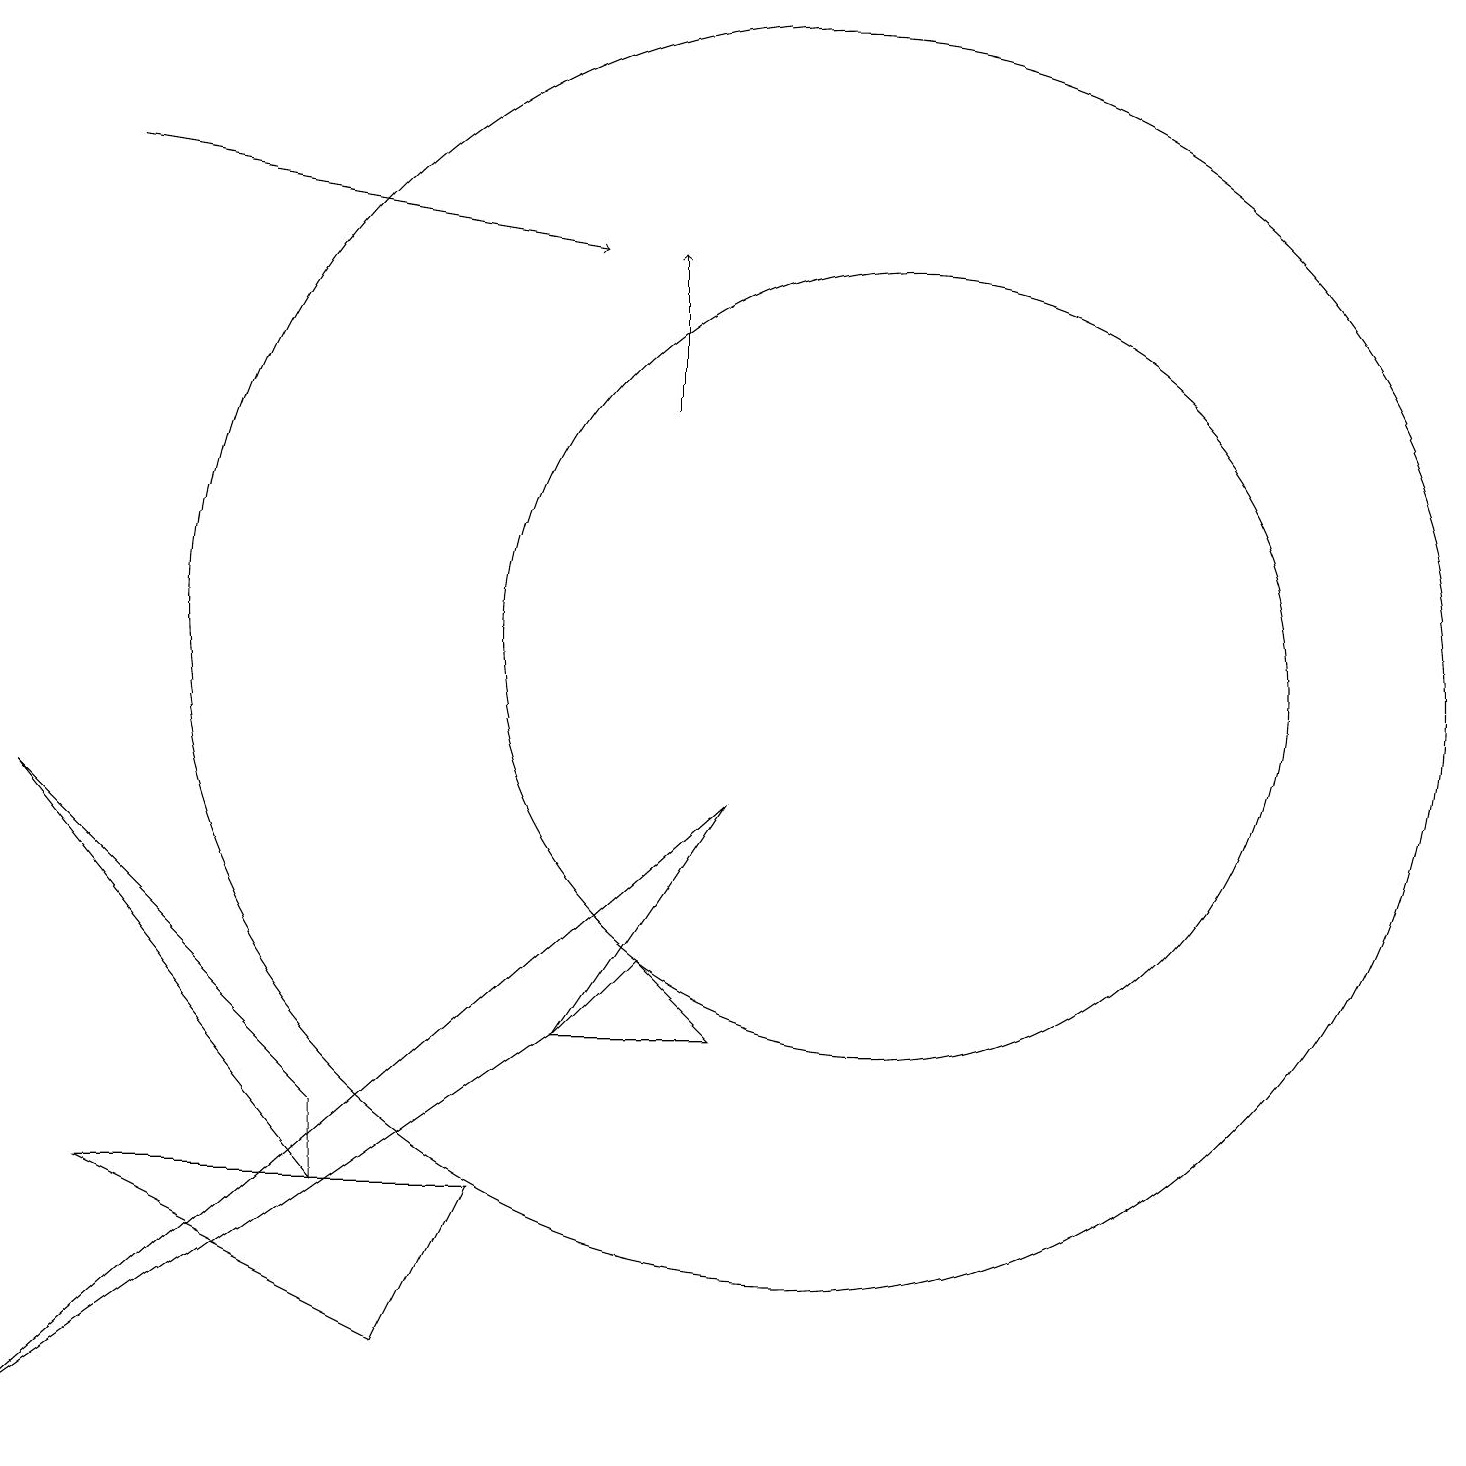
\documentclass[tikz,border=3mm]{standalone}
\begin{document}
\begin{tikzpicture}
\draw[->] (8,14) -- (8,16);
\draw (0,1) -- (9,9) -- (7,6) -- cycle;
\draw (10,11) circle (8);
\draw (0,9) -- (4,4) -- (4,5) -- cycle;
\draw (8,7) -- (9,6) -- (7,6) -- cycle;
\draw (1,4) -- (6,4) -- (5,2) -- cycle;
\draw (11,11) circle (5);
\draw[->] (1,17) -- (7,16);
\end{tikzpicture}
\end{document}